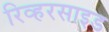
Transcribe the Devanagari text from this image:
रिव्हरसाइड